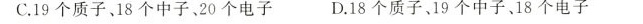
C.19个质子、18个中子、20个电子 D.18个质子、19个中子、18个电子